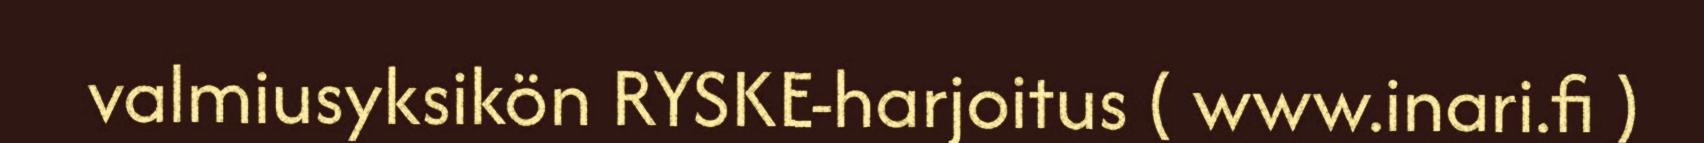
valmiusyksikön RYSKE-harjoitus ( www.inari.fi )